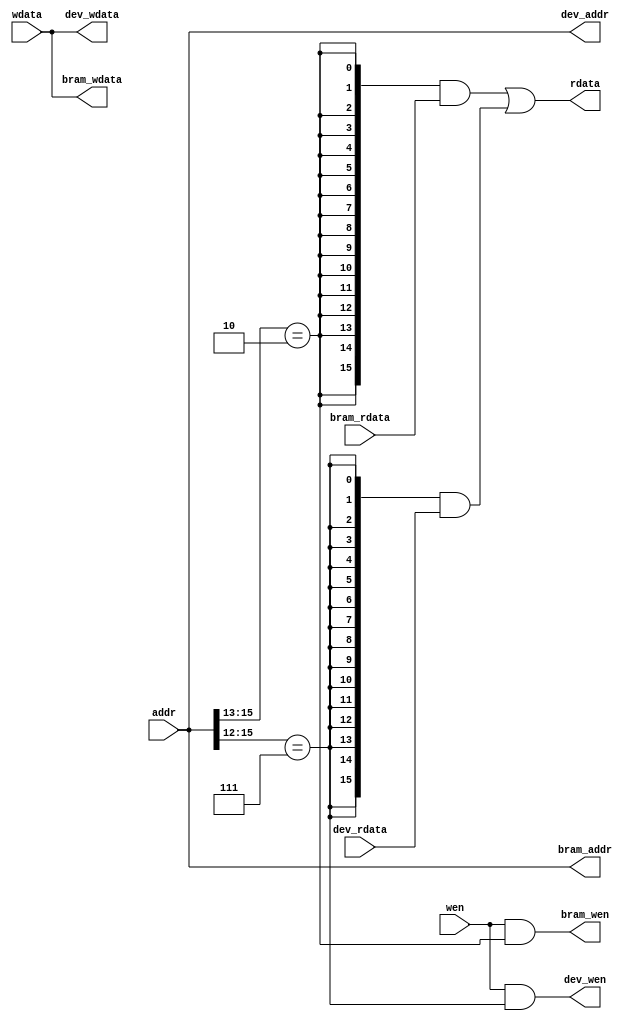
module crossbar(
    input   [15:0]  addr,
    input   [15:0]  wdata,
    input           wen,
    output  [15:0]  rdata,
    //block ram
    output  [15:0]  bram_addr ,
    output  [15:0]  bram_wdata,
    output          bram_wen,
    input   [15:0]  bram_rdata,
    //device
    output  [15:0]  dev_addr,
    output  [15:0]  dev_wdata,
    output          dev_wen ,
    input   [15:0]  dev_rdata   
);
    wire addr_bram = addr[15:13] ==  3'b010;
    wire addr_dev  = addr[15:12] ==  4'b0111;
    assign bram_addr    =   addr;
    assign bram_wdata   =   wdata;
    assign bram_wen     =   wen && addr_bram;
    assign dev_addr     =   addr;
    assign dev_wdata    =   wdata;
    assign dev_wen      =   wen && addr_dev;
    assign rdata        =   ({16{addr_bram}} & bram_rdata)
                           |({16{addr_dev}}  & dev_rdata );
endmodule